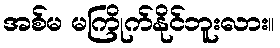
အစ်မ မကြိုက်နိုင်ဘူးလား။